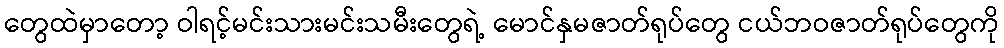
တွေထဲမှာတော့ ဝါရင့်မင်းသားမင်းသမီးတွေရဲ့ မောင်နှမဇာတ်ရုပ်တွေ ငယ်ဘဝဇာတ်ရုပ်တွေကို